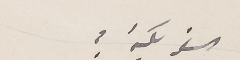
الفريكة؟